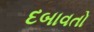
દબાવતો